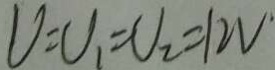
U = U _ { 1 } = U _ { 2 } = 1 2 V